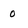
Character: o